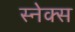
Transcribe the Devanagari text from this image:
स्नेक्स